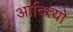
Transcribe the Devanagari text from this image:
आदित्यो